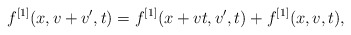
\begin{align*}f^{[1]}(x,v+v',t) = f^{[1]} (x+vt, v',t) + f^{[1]}(x,v,t) ,\end{align*}